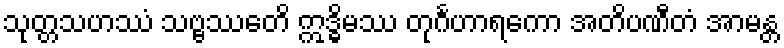
သုတ္တသဟဿံ သဗ္ဗဿေတိ ဣဒ္ဓိမဿ တုင်္ဂဟာရကော အတိပဏီတံ အာမန္တ